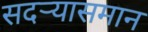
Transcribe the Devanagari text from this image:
सदर्‍यासमान